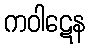
ကဝါဋေန